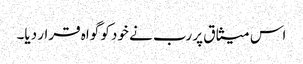
اس میثاق پر رب نے خود کو گواہ قرار دیا۔